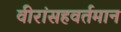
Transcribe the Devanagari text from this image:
वीरांसहवर्तमान